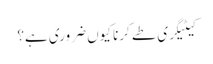
کیٹیگری طے کرنا کیوں ضروری ہے؟